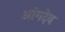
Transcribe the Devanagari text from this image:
आंगदेव